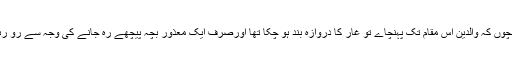
جب بچوں کہ والدین اس مقام تک پہنچاے تو غار کا دروازہ بند ہو چکا تھا اورصرف ایک معذور بچہ پیچھے رہ جانے کی وجہ سے رو رہا تھا۔